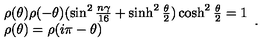
\begin{array} { l } { \rho ( \theta ) \rho ( - \theta ) ( \sin ^ { 2 } \frac { n \gamma } { 1 6 } + \sinh ^ { 2 } \frac { \theta } { 2 } ) \cosh ^ { 2 } \frac { \theta } { 2 } = 1 \vspace { 3 m m } } \\ { \rho ( \theta ) = \rho ( i \pi - \theta ) } \\ \end{array} .